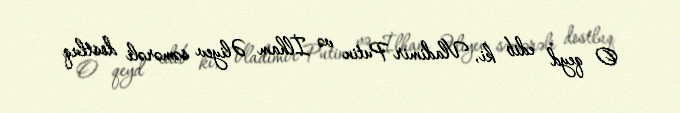
O qeyd edib ki, Vladimir Putin və İlham Əliyev səmərəli dostluq